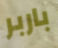
باربر